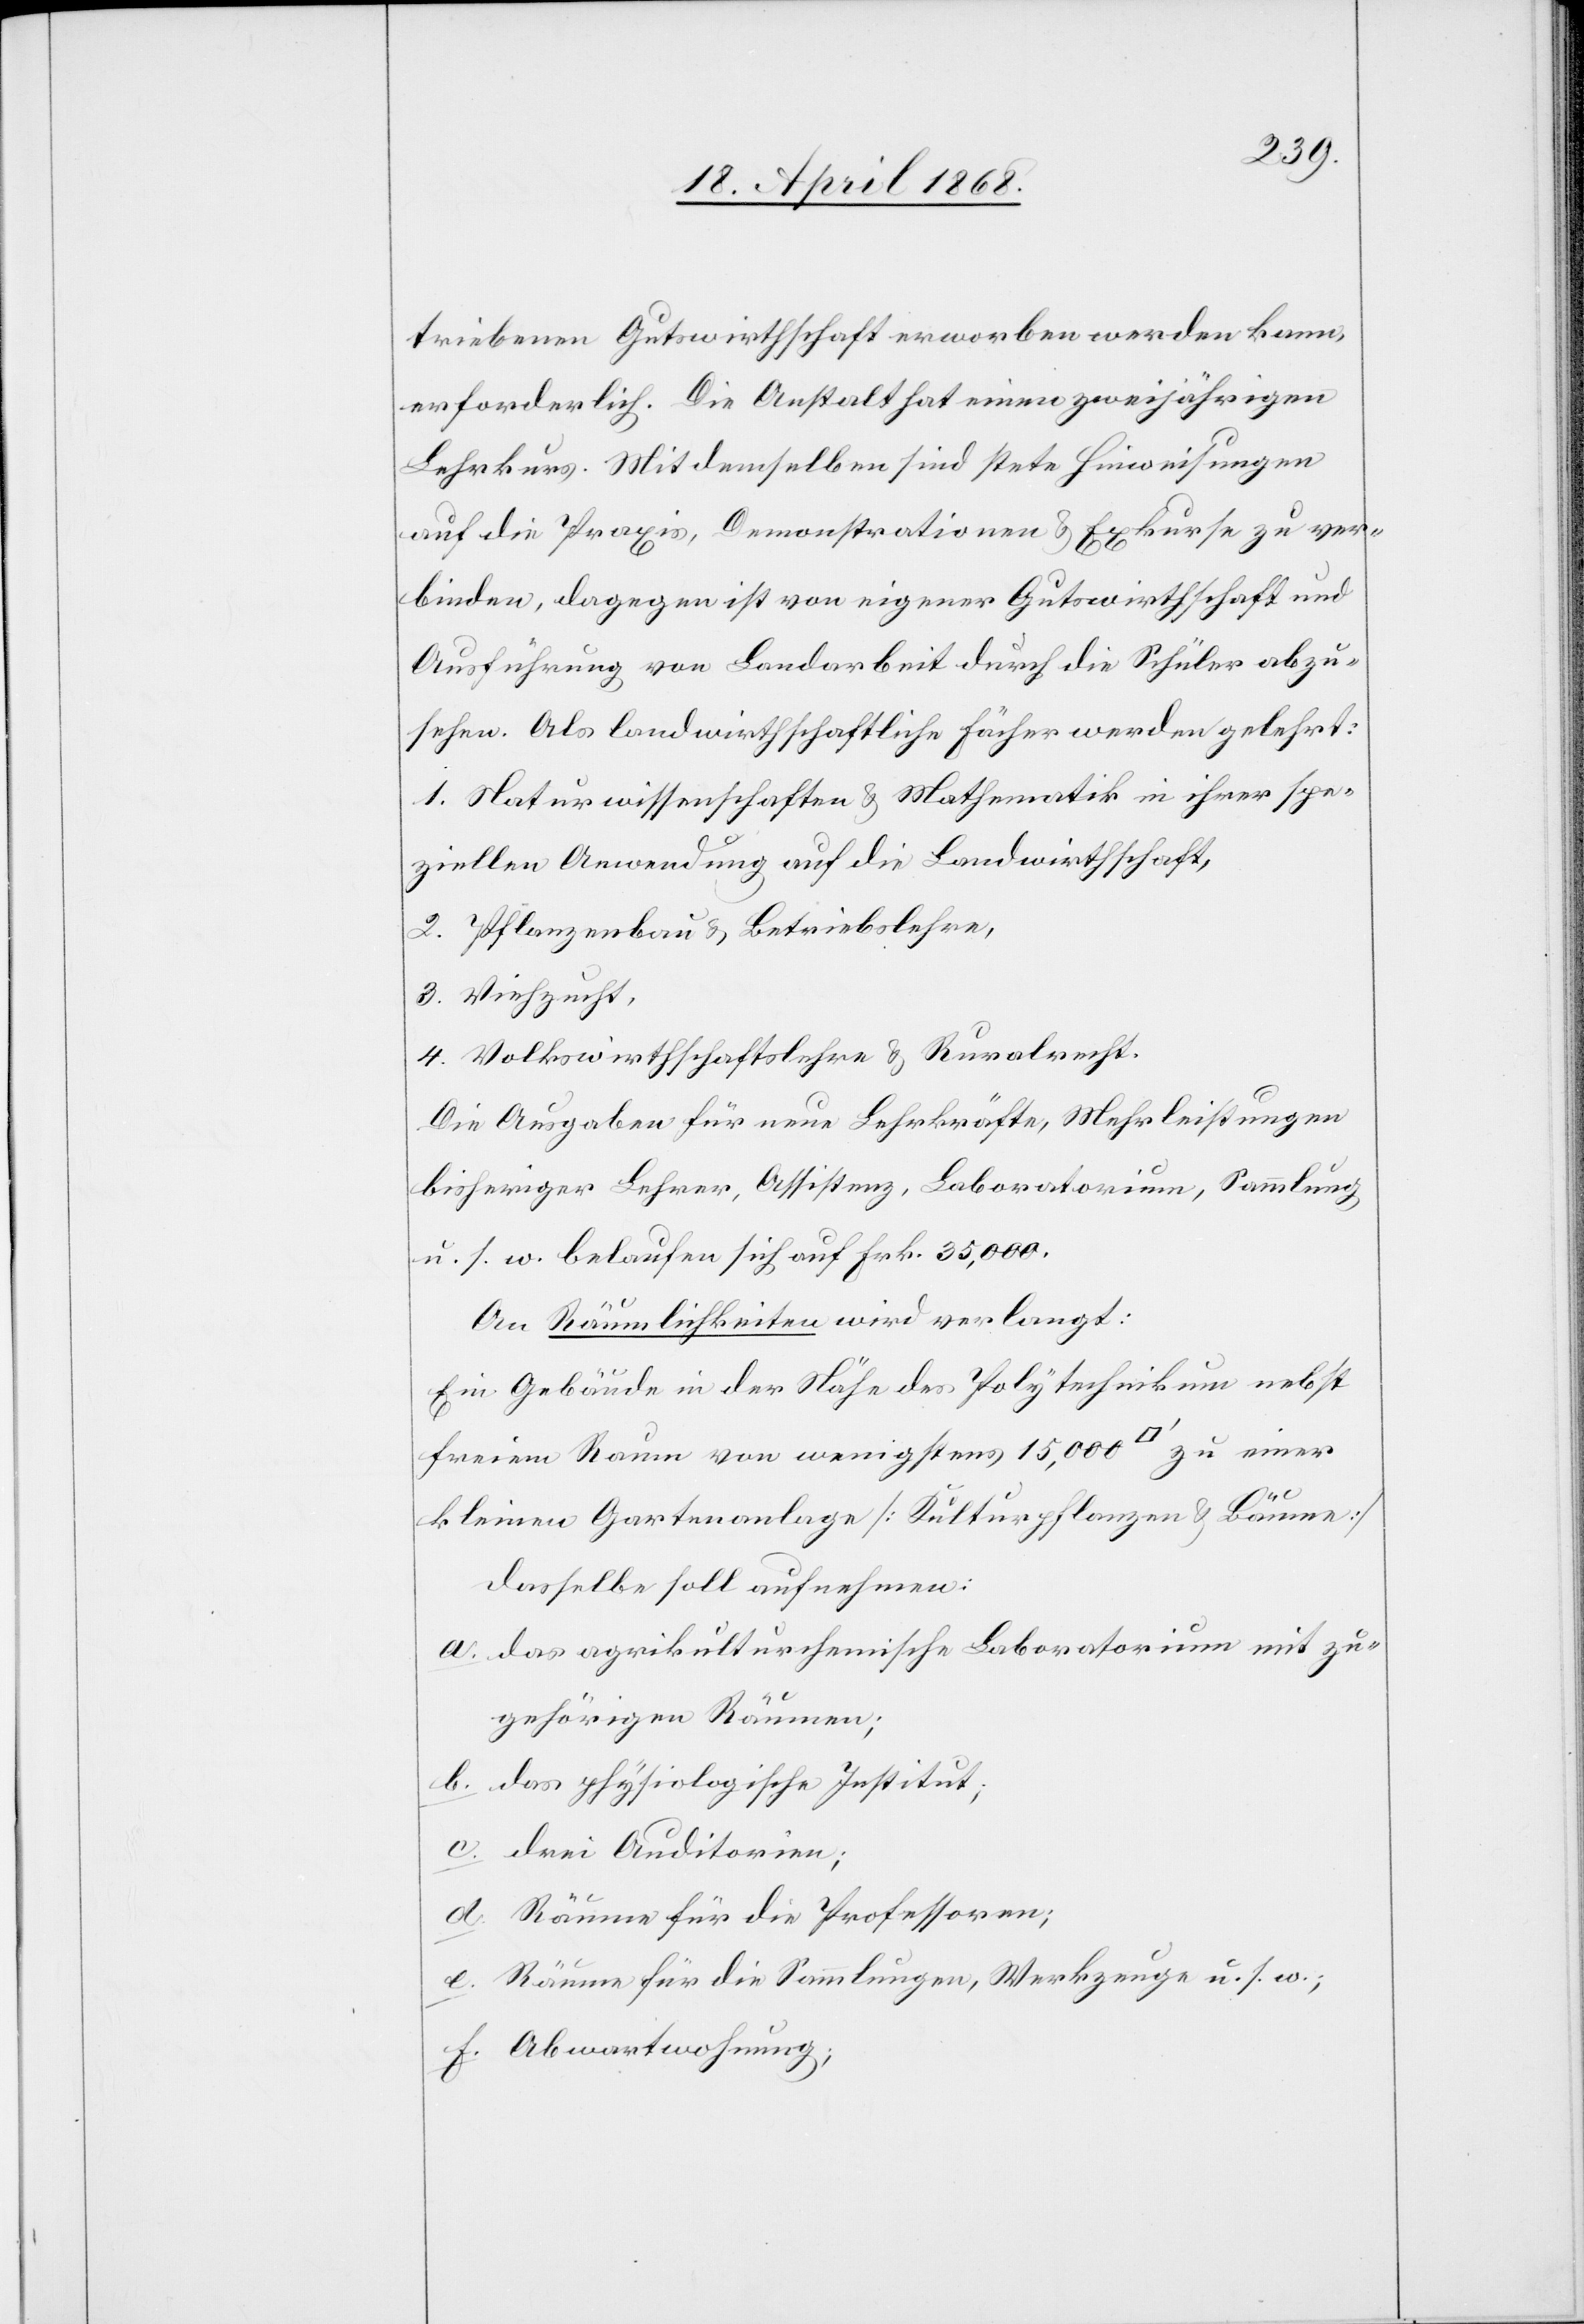
triebenen Gutswirthschaft erworben werden kann,
erforderlich. Die Anstalt hat einen zweijährigen
Lehrkurs. Mit demselben sind stete Hinweisungen
auf die Praxis, Demonstrationen & Exkurse zu ver¬
binden, dagegen ist von eigener Gutswirthschaft und
Ausführung von Landarbeit durch die Schüler abzu¬
sehen. Als landwirthschaftliche Fächer werden gelehrt:
1. Naturwissenschaften & Mathematik in ihrer spe¬
ziellen Anwendung auf die Landwirthschaft,
2. Pflanzenbau & Betriebslehre,
3. Viehzucht,
4. Volkswirthschaftslehre & Ruralrecht.
Die Ausgaben für neue Lehrkräfte, Mehrleistungen
bisheriger Lehrer, Assistenz, Laboratorium, Sammlung
u. s. w. belaufen sich auf Frk. 35,000.
An Räumlichkeiten wird verlangt:
Ein Gebäude in der Nähe des Polytechnikum nebst
freiem Raum von wenigstens 15,000 [Quadratfuß] zu einer
kleinen Gartenanlage [Kulturpflanzen & Bäume]
Dasselbe soll aufnehmen:
a. das agrikulturchemische Laboratorium mit zu¬
gehörigen Räumen;
b. das physiologische Institut;
c. drei Auditorien;
d. Räume für die Professoren;
e. Räume für die Sammlungen, Werkzeuge u. s. w.;
f. Abwartwohnung;